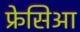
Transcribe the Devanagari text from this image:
फ्रेसिआ